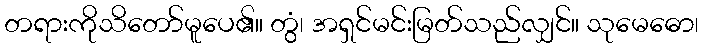
တရားကိုသိတော်မူပေ၏။ တွံ၊ အရှင်မင်းမြတ်သည်လျှင်။ သုမေဓော၊